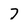
Character: 7